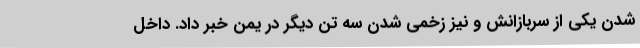
شدن یکی از سربازانش و نیز زخمی شدن سه تن دیگر در یمن خبر داد. داخل